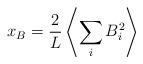
LaTeX: \begin{align*}x_B =\frac{2}{L} \left\langle \sum_{i} B_i^2 \right\rangle\end{align*}